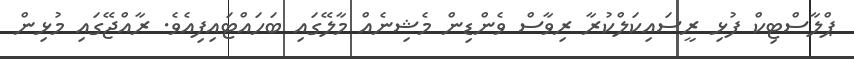
ޕްލާސްޓިކް ފުޅި ރީސައިކަލްކުރާ ރިވާސް ވެންޑިން މެޝިނެއް މާލޭގައި ބަހައްޓައިފިއެވެ. ރާއްޖޭގައި މުޅިން